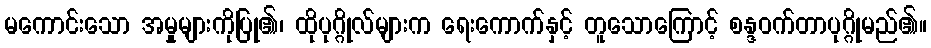
မကောင်းသော အမှုများကိုပြု၏၊ ထိုပုဂ္ဂိုလ်များက ရေးကောက်နှင့် တူသောကြောင့် စန္ဒဝက်တာပုဂ္ဂိုမည်၏။